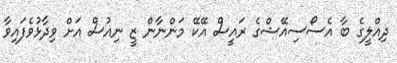
ދިއްލީގެ ބާ އެސޯސިއޭޝްގެ ރައީސް އޭކޭ މަންނާން ޒީ ނިއުސް އަށް ވިދާޅުވެފައިވާ